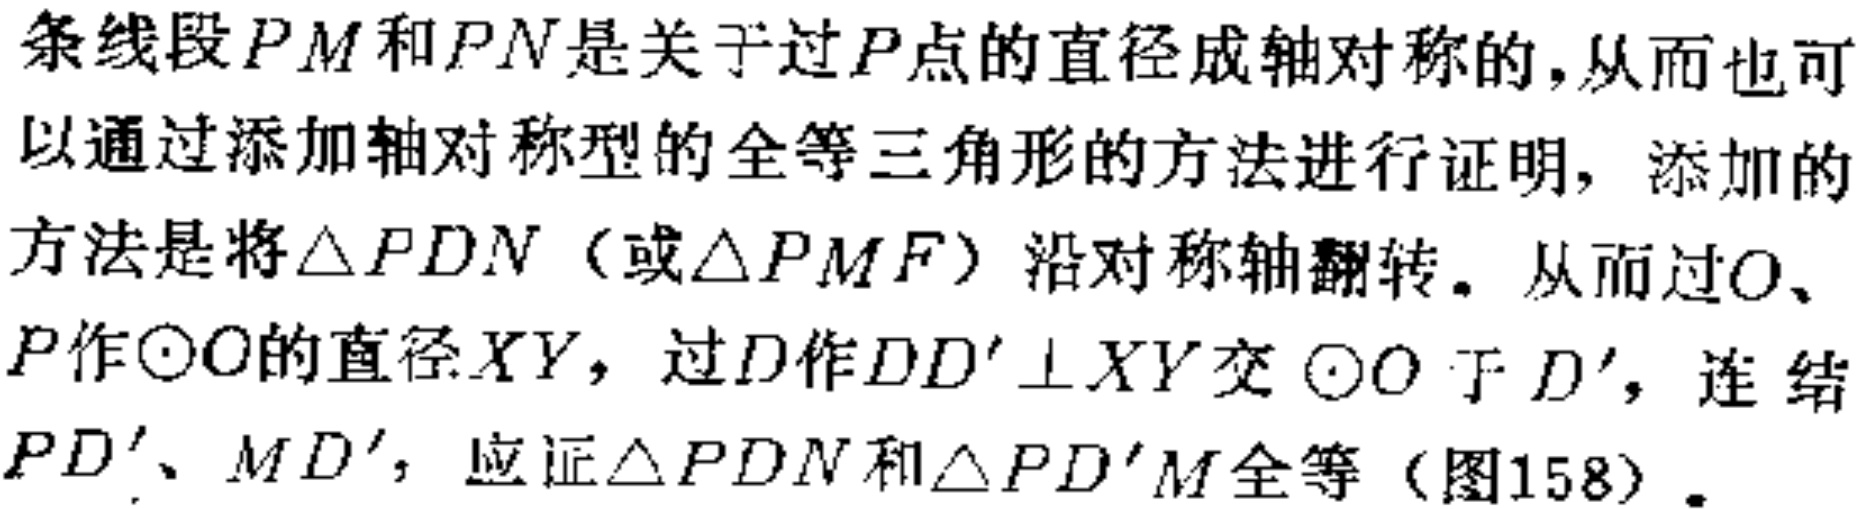
条线段$PM$和$PN$是关于过$P$点的直径成轴对称的,从而也可以通过添加轴对称型的全等三角形的方法进行证明, 添加的方法是将$\triangle PDN$（或$\triangle PMF$）沿对称轴翻转。从而过$O$、$P$作$\odot O$的直径$XY$，过$D$作$DD'\perp XY$交$\odot O$于$D'$，连结$PD'$、$MD'$，应证$\triangle PDN$和$\triangle PD'M$全等（图158）。